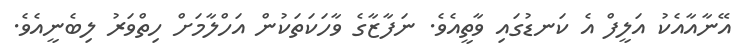
އޭނާއާއެކު އަލީފް އެ ކަނޑުގައި ވާތީއެވެ. ނަފާޒާގެ ވާހަކަތަކުން އަހްލާމަށް ހިތްވަރު ލިބެނީއެވެ.